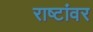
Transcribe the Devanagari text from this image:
राष्टांवर